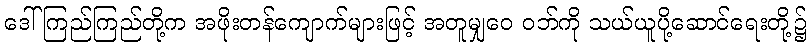
ဒေါ်ကြည်ကြည်တို့က အဖိုးတန်ကျောက်များဖြင့် အတူမျှဝေ ဝဘ်ကို သယ်ယူပို့ဆောင်ရေးတို့၌